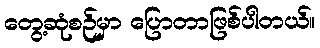
တွေ့ဆုံစဉ်မှာ ပြောတာဖြစ်ပါတယ်။